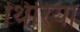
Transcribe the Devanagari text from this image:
थिरिया